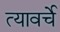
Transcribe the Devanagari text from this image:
त्यावर्चे